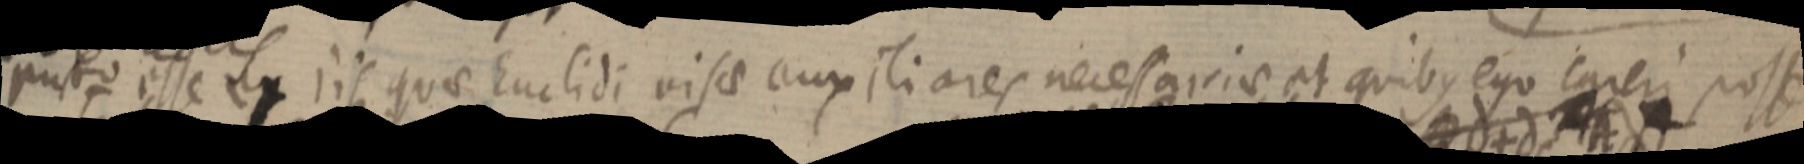
puto esse ex iis quae Euclidi visae auxiliares necessariae et quibus ego careri posse